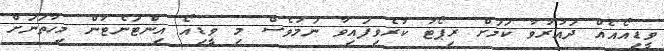
ވީޑިއޯއެއް ދައުރުވާ ކަމަށް ރިޕޯޓު ކުރެވިފައިވާ ނަމަވެސް މި ވީޑިއޯ އިންޓަނެޓުން މިހާތަނަށް